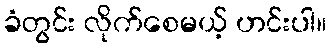
ခံတွင်း လိုက်စေမယ့် ဟင်းပါ။